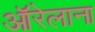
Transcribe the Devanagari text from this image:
ऑरेलाना